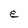
Character: e